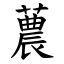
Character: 蕽